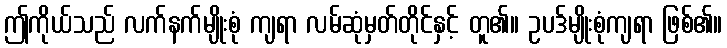
ဤကိုယ်သည် လက်နက်မျိုးစုံ ကျရာ လမ်ဆုံမှတ်တိုင်နှင့် တူ၏။ ဥပဒ်မျိုးစုံကျရာ ဖြစ်၏။